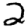
Digit: 2